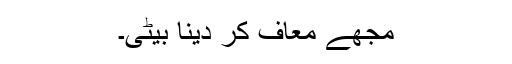
مجھے معاف کر دینا بیٹی۔